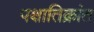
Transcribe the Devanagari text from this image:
पक्षातिक्रांत